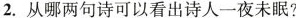
2.从哪两句诗可以看出诗人一夜未眠?